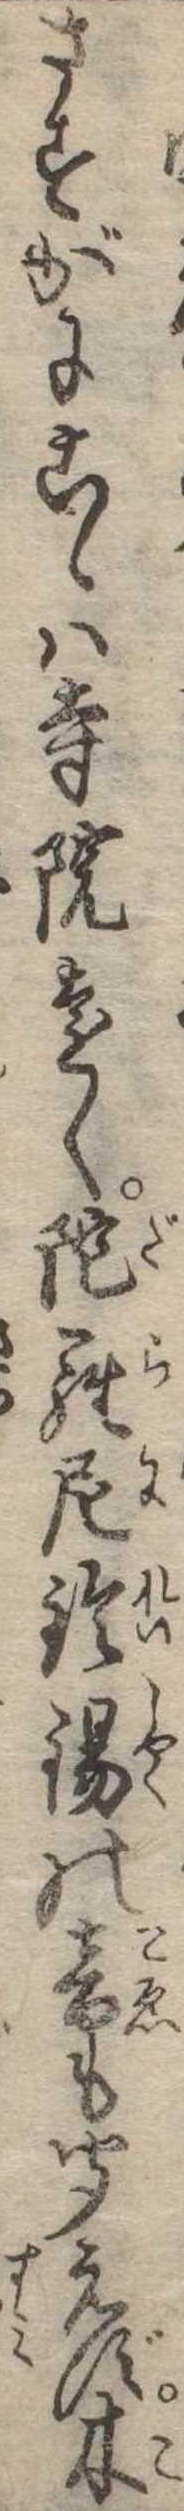
さすがにこゝは寺院遠く陀羅尼鈴錫の音も聞えず木